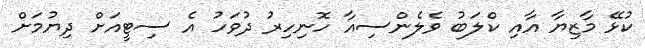
ކުޅޭ މާޒިޔާ އާއި ކްލަބު ވެލެންސިއާ ހޮނިހިރު ދުވަހު އެ ސިޓީއަށް ދިޔުމަށް